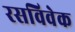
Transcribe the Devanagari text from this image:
रसविवेक